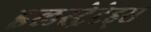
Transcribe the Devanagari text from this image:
इलस्ट्रेटेड्स